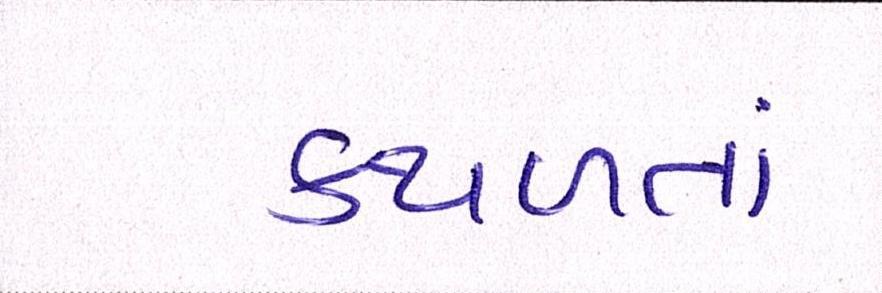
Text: કથળતાં